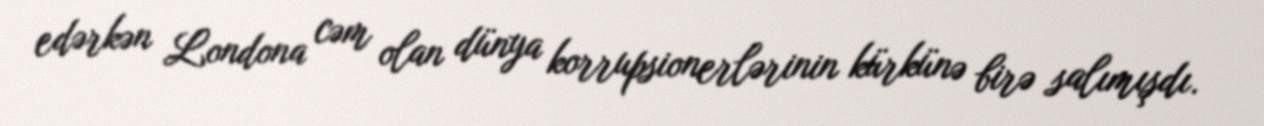
edərkən Londona cəm olan dünya korrupsionerlərinin kürkünə birə salımışdı.